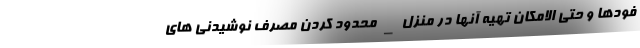
فودها و حتی الامکان تهیه آنها در منزل _ محدود کردن مصرف نوشیدنی های